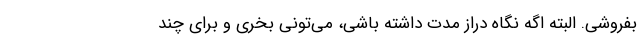
بفروشی. البته اگه نگاه دراز مدت داشته باشی، می­تونی بخری و برای چند